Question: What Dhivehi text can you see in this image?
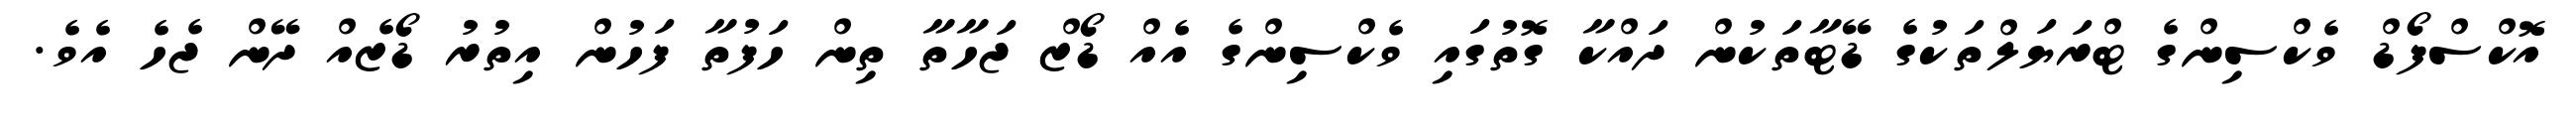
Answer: އޮކްސްފޯޑް ވެކްސިންގެ ޓްރަޔަލްތަކުގެ ޑޭޓާތަކުން ދައްކާ ގޮތުގައި ވެކްސިންގެ އެއް ޑޯޒް ޖަހާތާ ތިން ހަފުތާ ފަހުން އިތުރު ޑޯޒެއް ދޭން ޖެހެ އެވެ.